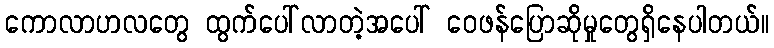
ကောလာဟလတွေ ထွက်ပေါ်လာတဲ့အပေါ် ဝေဖန်ပြောဆိုမှုတွေရှိနေပါတယ်။